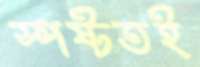
স্পষ্টতই